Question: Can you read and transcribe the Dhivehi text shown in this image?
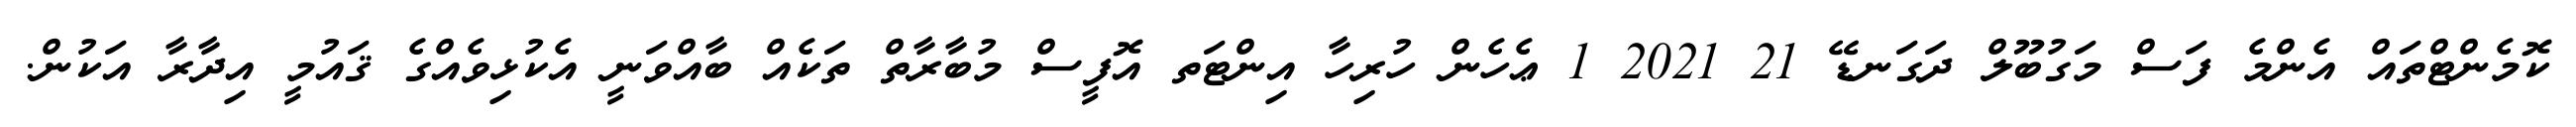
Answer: ކޮމެންޓްތައް އެންމެ ފަސް މަގުބޫލް ދަގަނޑޭ 21 2021 1 ޢެހެން ހުރިހާ އިންޓަތ އޮފީސް މުބާރާތް ތަކެއް ބާއްވަނީ އެކުޅިވެއްގެ ޤައުމީ އިދާރާ އަކުން.